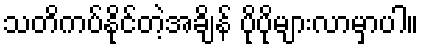
သတိကပ်နိုင်တဲ့အချိန် ပိုပိုများလာမှာပါ။